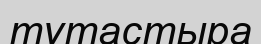
түтастыра